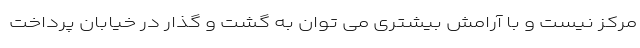
مرکز نیست و با آرامش بیشتری می توان به گشت و گذار در خیابان پرداخت